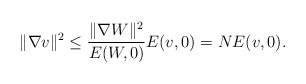
\begin{align*}\| \nabla v \|^2 \leq \frac{\| \nabla W \|^2}{E(W,0)} E(v,0) = N E(v,0).\end{align*}